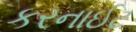
કરનાઈટ